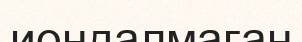
иондалмаған